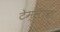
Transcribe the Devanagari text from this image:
टेम्साक